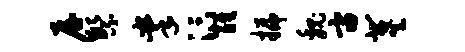
屋繁掌汴醒插魏宙冀